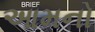
આમનો